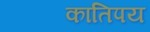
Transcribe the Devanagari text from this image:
कातिपय